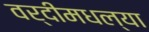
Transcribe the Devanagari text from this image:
वर्दीमधल्या